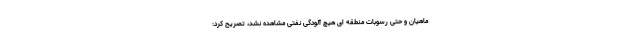
ماهیان و حتی رسوبات منطقه ای هیچ آلودگی نفتی مشاهده نشد، تصریح کرد: